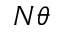
N \theta